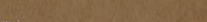
أحدث موديلات الهواتف الذك